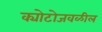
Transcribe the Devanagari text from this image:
क्योटोजवळील